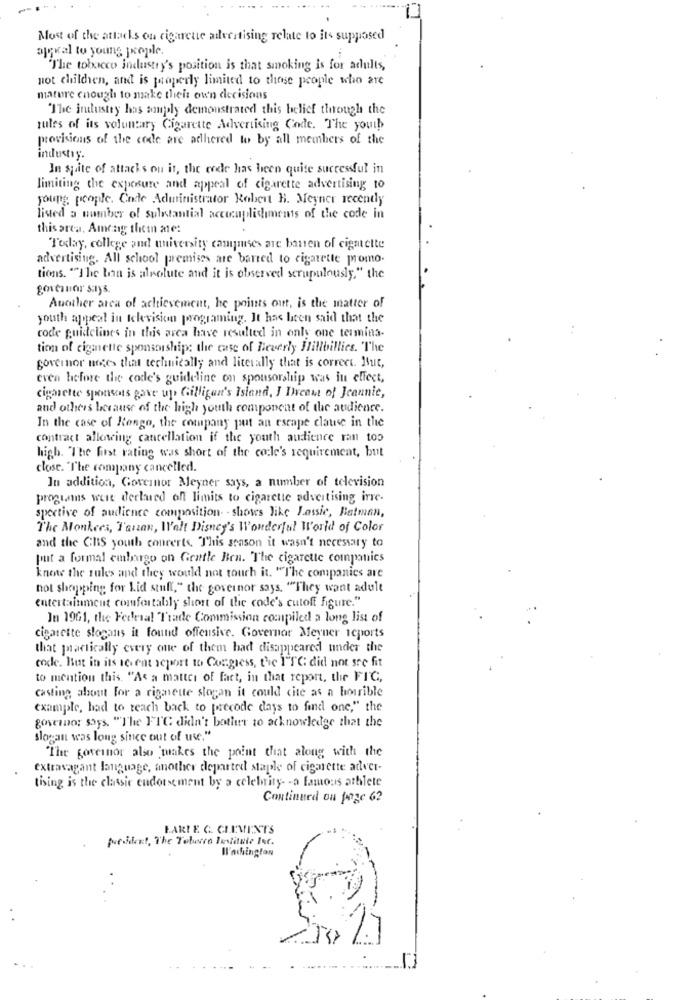
Most of the attacks on cigarette advertising relate to its supposed
ajskal to young people.
The tobacco industry's position is that smoking is for adults,
not children, and is properly limited to those people who are
mature enough to make their own decisions
The industry has sompoly demonstrated this belief through the
rules of its voluntary Cigarette Advertising Code. The youth
provisions of the code are adhered to by all members of the
industry.
In spite of attacks ou it, the code has been quite successful in
limiting the exposure and appeal of cigarette advertising to
young people. Code Administrator Robert B. Meyner recently
listed a number of substantial accomplishments of the code in
this area, Among them are:
Today, college and university campuses are banen of cigmette
advertising. All school premises are barred to cigarette promo.
tions. "The lon is absolute and it is observed scrupulously." the
governor says
Auother area of achievement, he points out, is the matter of
youth appeal in television programing. It has been said that the
code guidelines in this area have resulted in only one termina-
tion of cigarette sponsorship: the case of Beverly Hillbillies. The
governor noces that technically and literally that is correct. But,
even before the code's guideline on sponsorship was in effect,
cigarette sponsors gave up Gilligan's island, I Dream of Jeannie,
and others because of the high youth component of the audience.
In the case of Kongo, the company put an escape clause in the
contract allowing cancellation if the youth audience ran too
high. "The first rating was short of the cole's requirement, but
close. "The company cancelled.
In addition, Governor Meyner says, a number of television
prosummus weit derlaed off limits to cigarette advertising irre.
spective of audience composition. - shows like Lassie, Batman,
The Monkees, Tanzan, Walt Disney's Wonderful World of Color
and the ChS youth concerts. This season it wasn't necessary to
put a formal embargo on Gentle Ben. The cigarette companies
know the rules and they would not touch it. "The companies are
not shopping for Lid stuff," the governor says, ""They want adult
entertainment comfortably short of the code's cutoff figure."
In 1961, the Federal Trade Commission compiled a long list of
cigarette slogans it found offensive. Governor Meyner icports
that practically every one of them had disappeared under the
code. But in its recent report to Congress, the TTC did not see fit
to mention this. "As a matter of fact, in that report, the FIC,
Casting about for a rigaette slogan it could cite as a horrible
example, had to reach back to precode days to find one," the
governor says. "The FTC didn't bother to acknowledge that the
slogan was long since out of us."
"The governor also makes the point that along with the
extravagant language, another departed staple of cigarette adver-
tising is the classic endorsement by a celebrity- - a famous athlete
Continued ou fange 62
FARI E C. CLEMENTS
president, The Toluvro Institute Inc.
Wl'achington
17